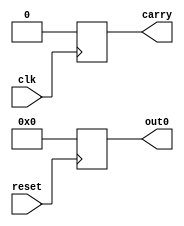
module bcdCount( 		//bcd counter with built in buffer
	input clk, reset,	//clock and reset inputs
	output [3:0] out0,	//4 bit output
	output carry		//carry to next bcd counter
);

reg [3:0] finState = 0;
reg hold = 0;
reg [3:0] state = 0;	//register for counter value, will increment and change to output
                            //when reset signal is enabled
always @(negedge reset) begin
            finState <= state;			     //set buffer current value
            state <= 4'd0;                        //set current value back to 0
end

always @(posedge clk) begin 
    if(state == 4'd9)		//if output reaches 9
    begin
		state <= 4'b0000;		//set output to 0000
		hold <= 1'b1;			//carry set to 1
	end
	else begin
	   hold <= 0;					//if clock pulses and reset is not active
	   state <= state + 1;		//output increases by 1
    end
end

assign out0 = finState;
assign carry = hold;

endmodule